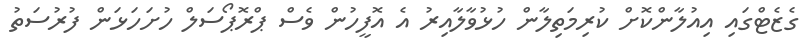
ގެޒެޓްގައި އިއުލާންކޮށް ކުރިމަތިލާން ހުޅުވާލާއިރު އެ އޮފީހުން ވެސް ޕްރޮޕޯސަލް ހުށަހަޅަން ފުރުސަތު